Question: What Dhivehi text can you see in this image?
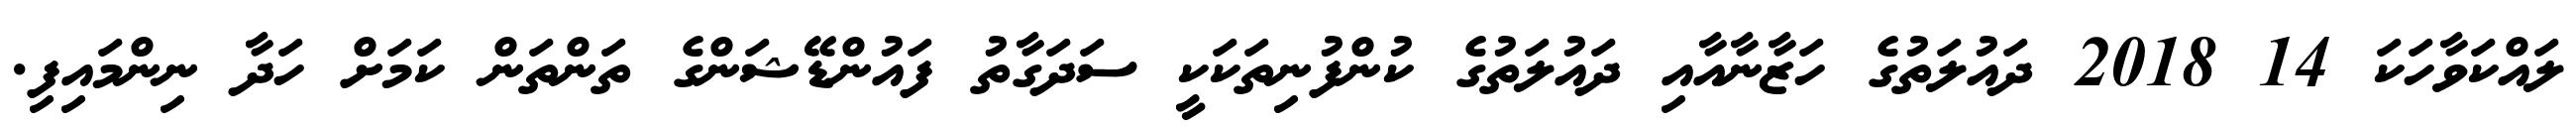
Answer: ލައްކަވާހަކަ 14 2018 ދައުލަތުގެ ހަޒާނާއާއި ދައުލަތުގެ ކުންފުނިތަކަކީ ސަދަގާތު ފައުންޑޭޝަންގެ ތަންތަން ކަމަށް ހަދާ ނިންމައިފި.